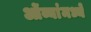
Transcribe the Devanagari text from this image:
ओंव्यांमध्यें